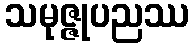
သမုဇ္ဇုပညဿ